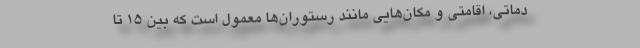
دماتی، اقامتی و مکان‌هایی مانند رستوران‌ها معمول است که بین 15 تا